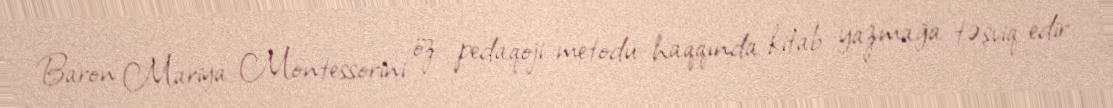
Baron Mariya Montessorini öz pedaqoji metodu haqqında kitab yazmağa təşviq edir